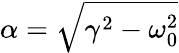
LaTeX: \alpha=\sqrt{\gamma^{2}-\omega_{0}^{2}}